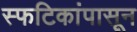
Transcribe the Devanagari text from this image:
स्फटिकांपासून